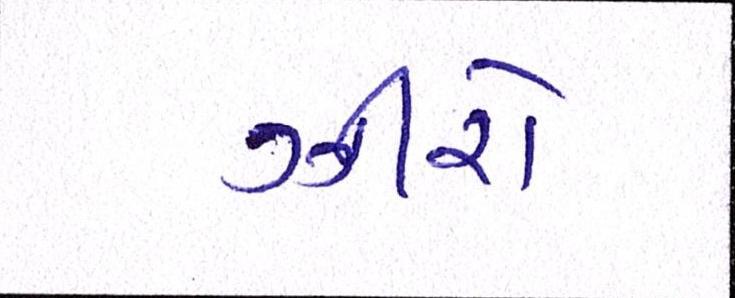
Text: ઝીરો